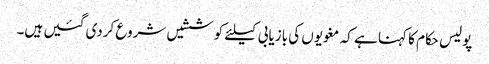
پولیس حکام کا کہنا ہے کہ مغویوں کی بازیابی کیلئے کوششیں شروع کردی گئیں ہیں۔